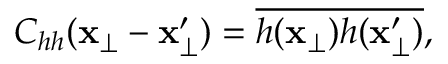
C _ { h h } ( \mathbf { x } _ { \perp } - \mathbf { x } _ { \perp } ^ { \prime } ) = \overline { { h ( \mathbf { x } _ { \perp } ) h ( \mathbf { x } _ { \perp } ^ { \prime } ) } } ,